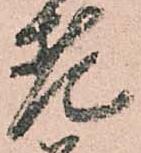
老